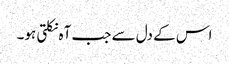
اس کے دل سے جب آہ نکلتی ہو۔